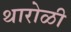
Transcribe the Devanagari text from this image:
थारोळी